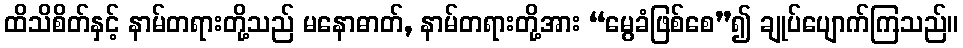
ထိသိစိတ်နှင့် နာမ်တရားတို့သည် မနောဓာတ်, နာမ်တရားတို့အား “မွေခံဖြစ်စေ”၍ ချုပ်ပျောက်ကြသည်။